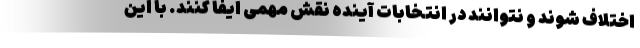
اختلاف شوند و نتوانند در انتخابات آینده نقش مهمی ایفا کنند. با این